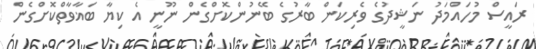
ރައީސް މުހައްމަދު ނަޝީދުގެ ވެރިކަން ބާރުގެ ބޭނުންކޮށްގެން ނޫނީ އެ ކިޔާ ބަޣާވާތްކޮށްގެން